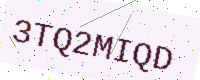
Text: 3TQ2MIQD